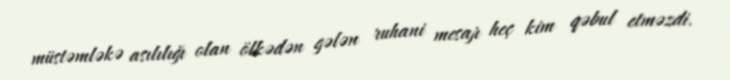
müstəmləkə asılılığı olan ölkədən gələn ruhani mesajı heç kim qəbul etməzdi.